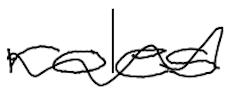
Text: roles
Cross-out: wave
Writing tool: digital_black